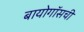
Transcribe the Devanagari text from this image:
बायोगॉसची